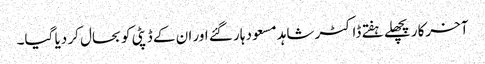
آخرکار پچھلے ہفتے ڈاکٹر شاہد مسعود ہار گئے اور ان کے ڈپٹی کو بحال کر دیا گیا۔